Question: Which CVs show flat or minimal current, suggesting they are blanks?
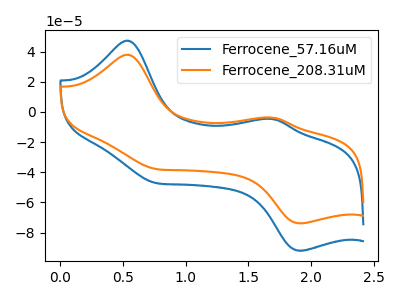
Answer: <think>The blue curve "Ferrocene_57.16uM" has anodic peaks at (0.50V, 47.30uA) (1.70V, -4.65uA) and cathodic peaks at (0.75V, -46.95uA) (1.90V, -92.10uA). The orange curve "Ferrocene_208.31uM" has anodic peaks at (0.50V, 37.95uA) (1.70V, -3.75uA) and cathodic peaks at (0.75V, -37.70uA) (1.90V, -73.95uA).</think>
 <answer>There are not any CV's on this graph that are likely to be blanks.</answer>
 <eval>none</eval>